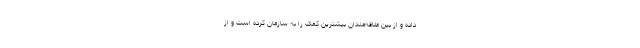
داده و از بین علاقه‌مندان بیشترین کمک را به سازمان کرده‌ است و از